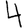
Digit: 4